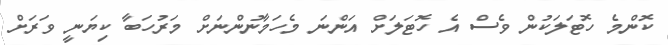
ކޮންމެ ހޮޓަލަކުން ވެސް އެ ހޮޓަލަށް އަންނަ މެހަމާނުންނަށް މަރުހަބާ ކިޔަނީ ވަރަށް